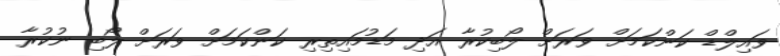
ވައިލްޑް ކަންކަމަށް ވަރަށް ލޯބިކުރާ އަދި މަޑުމައިތިރި ކަންކަމަށް ވަރަށް ލޯބި ނުކުރާ